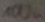
Text: 100u